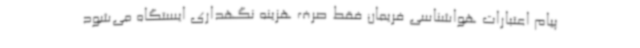
پیام اعتبارات هواشناسی فریمان فقط صرف هزینه نگهداری ایستگاه می‌شود